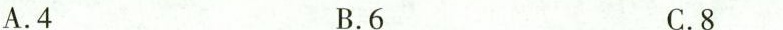
A.4 B.6 C.8